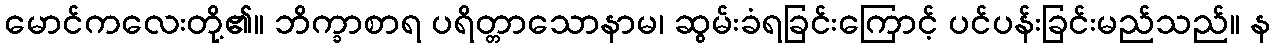
မောင်ကလေးတို့၏။ ဘိက္ခာစာရ ပရိတ္တာသောနာမ၊ ဆွမ်းခံရခြင်းကြောင့် ပင်ပန်းခြင်းမည်သည်။ န